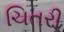
ચિતરી